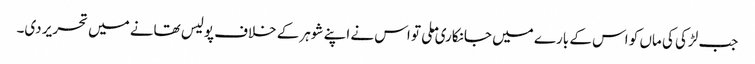
جب لڑکی کی ماں کو اس کے بارے میں جانکاری ملی تو اس نے اپنے شوہر کے خلاف پولیس تھانے میں تحریر دی۔